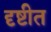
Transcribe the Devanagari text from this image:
दृष्टीत